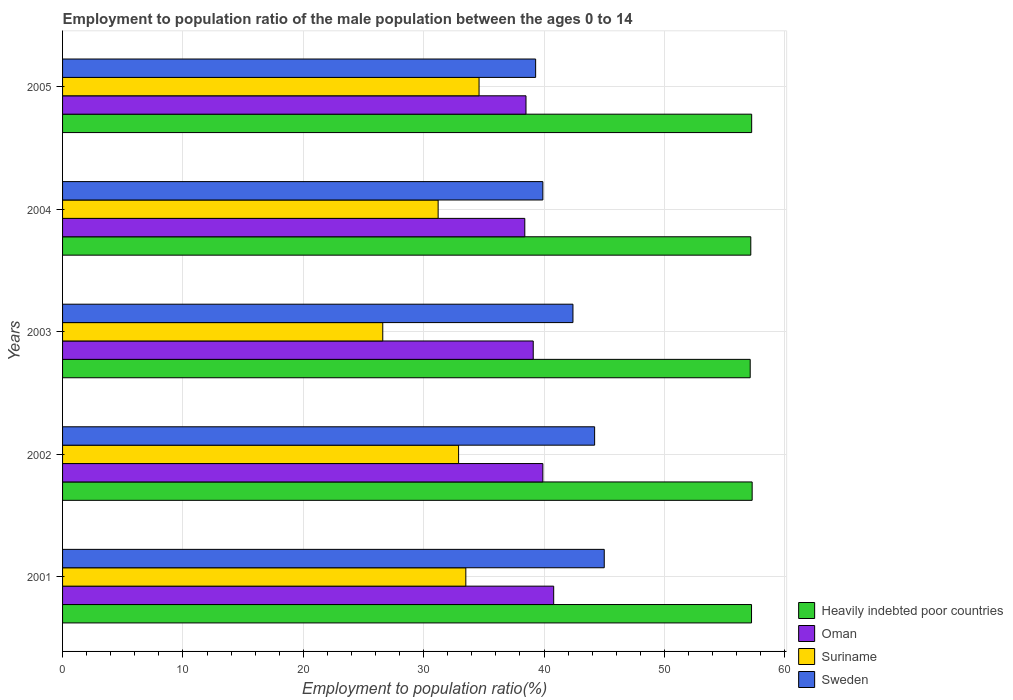
| Years | Heavily indebted poor countries | Oman | Suriname | Sweden |
 | --- | --- | --- | --- | --- |
 | 2001 | 57.2 | 40.8 | 33.5 | 45 |
 | 2002 | 57.3 | 39.9 | 32.9 | 44.2 |
 | 2003 | 57.1 | 39.1 | 26.6 | 42.4 |
 | 2004 | 57.2 | 38.4 | 31.2 | 39.9 |
 | 2005 | 57.2 | 38.5 | 34.6 | 39.3 |